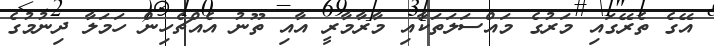
އޭގެ ތެރޭގައި މަރުގެ މައްސަލަތަކާއި މާރާމާރީ އާއި ތޫނު އެއްޗެހިން ހަމަލާ ދިނުމުގެ